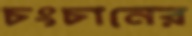
চংচানের